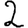
Digit: 2